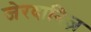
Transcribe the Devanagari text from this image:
जेरदानिज़